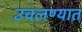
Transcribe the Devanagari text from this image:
उचलण्‍यात